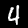
Label: 4